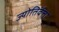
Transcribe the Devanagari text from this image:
ज्योतिर्वेत्ता